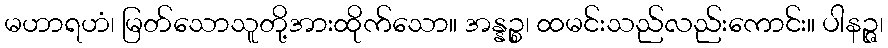
မဟာရဟံ၊ မြတ်သောသူတို့အားထိုက်သော။ အန္နဉ္စ၊ ထမင်းသည်လည်းကောင်း။ ပါနဉ္ဇ၊